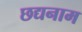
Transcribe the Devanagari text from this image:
छद्यनाम